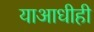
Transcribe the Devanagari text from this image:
याआधीही